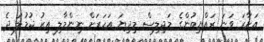
އަށާރަ ވަނަ ރައްޔިތުންގެ މަޖިލިސް މިދިޔަ އަހަރަށް ނިންމާލި އިރު ޖުމުލަ ދެ